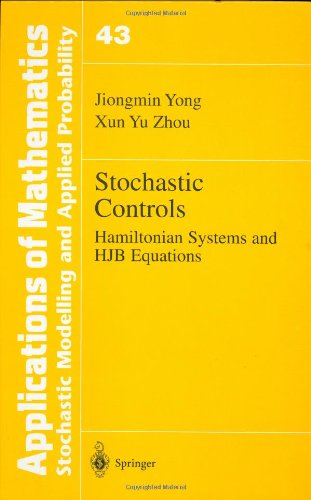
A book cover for Stochastic Controls: Hamiltonian Systems and HJB Equations (Stochastic Modelling and Applied Probability); Jiongmin Yong; Science & Math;